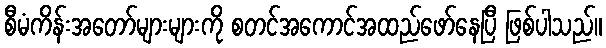
စီမံကိန်းအတော်များများကို စတင်အကောင်အထည်ဖော်နေပြီ ဖြစ်ပါသည်။